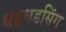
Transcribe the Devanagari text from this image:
धडधडसिंग